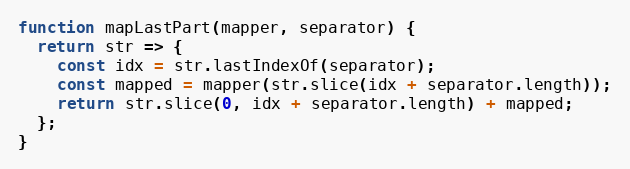
Language: JavaScript
function mapLastPart(mapper, separator) {
  return str => {
    const idx = str.lastIndexOf(separator);
    const mapped = mapper(str.slice(idx + separator.length));
    return str.slice(0, idx + separator.length) + mapped;
  };
}